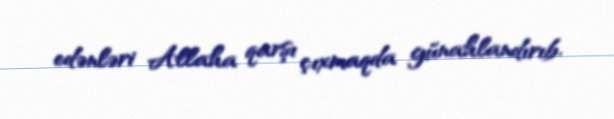
edənləri Allaha qarşı çıxmaqda günahlandırıb.